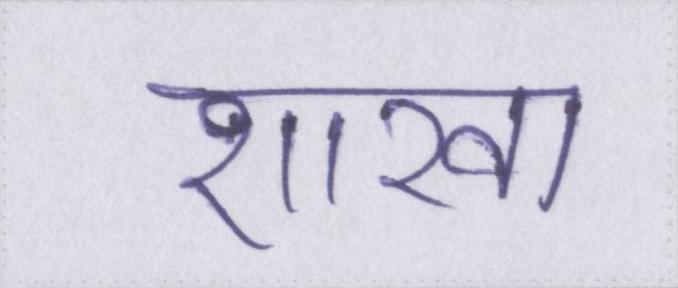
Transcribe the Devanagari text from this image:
शाखा